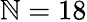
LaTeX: \mathbb{N}=18